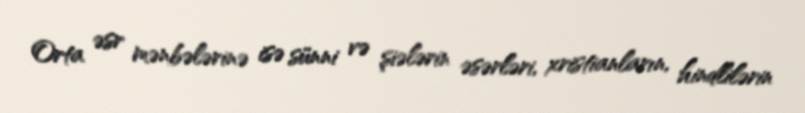
Orta əsr mənbələrinə isə sünni və şiələrin əsərləri, xristianların, hindlilərin